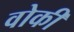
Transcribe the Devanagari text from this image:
वोकी